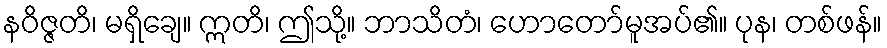
နဝိဇ္ဇတိ၊ မရှိချေ။ ဣတိ၊ ဤသို့။ ဘာသိတံ၊ ဟောတော်မူအပ်၏။ ပုန၊ တစ်ဖန်။